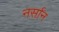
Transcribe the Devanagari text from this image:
नर्सान